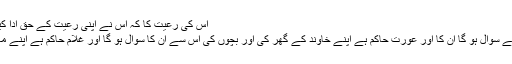
اس کی رعیت کا کہ اس نے اپنی رعیت کے حق ادا کیے ان کی جان و مال کی حفاظت کی یا نہیں​
اور آدمی حاکم ہے اپنے گھر والوں کا اس سے سوال ہو گا ان کا اور عورت حاکم ہے اپنے خاوند کے گھر کی اور بچوں کی اس سے ان کا سوال ہو گا اور غلام حاکم ہے اپنے مالک کے مال کا اس سے اس کا سوال ہو گا ۔